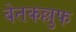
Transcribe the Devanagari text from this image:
बेतकल्लुफ